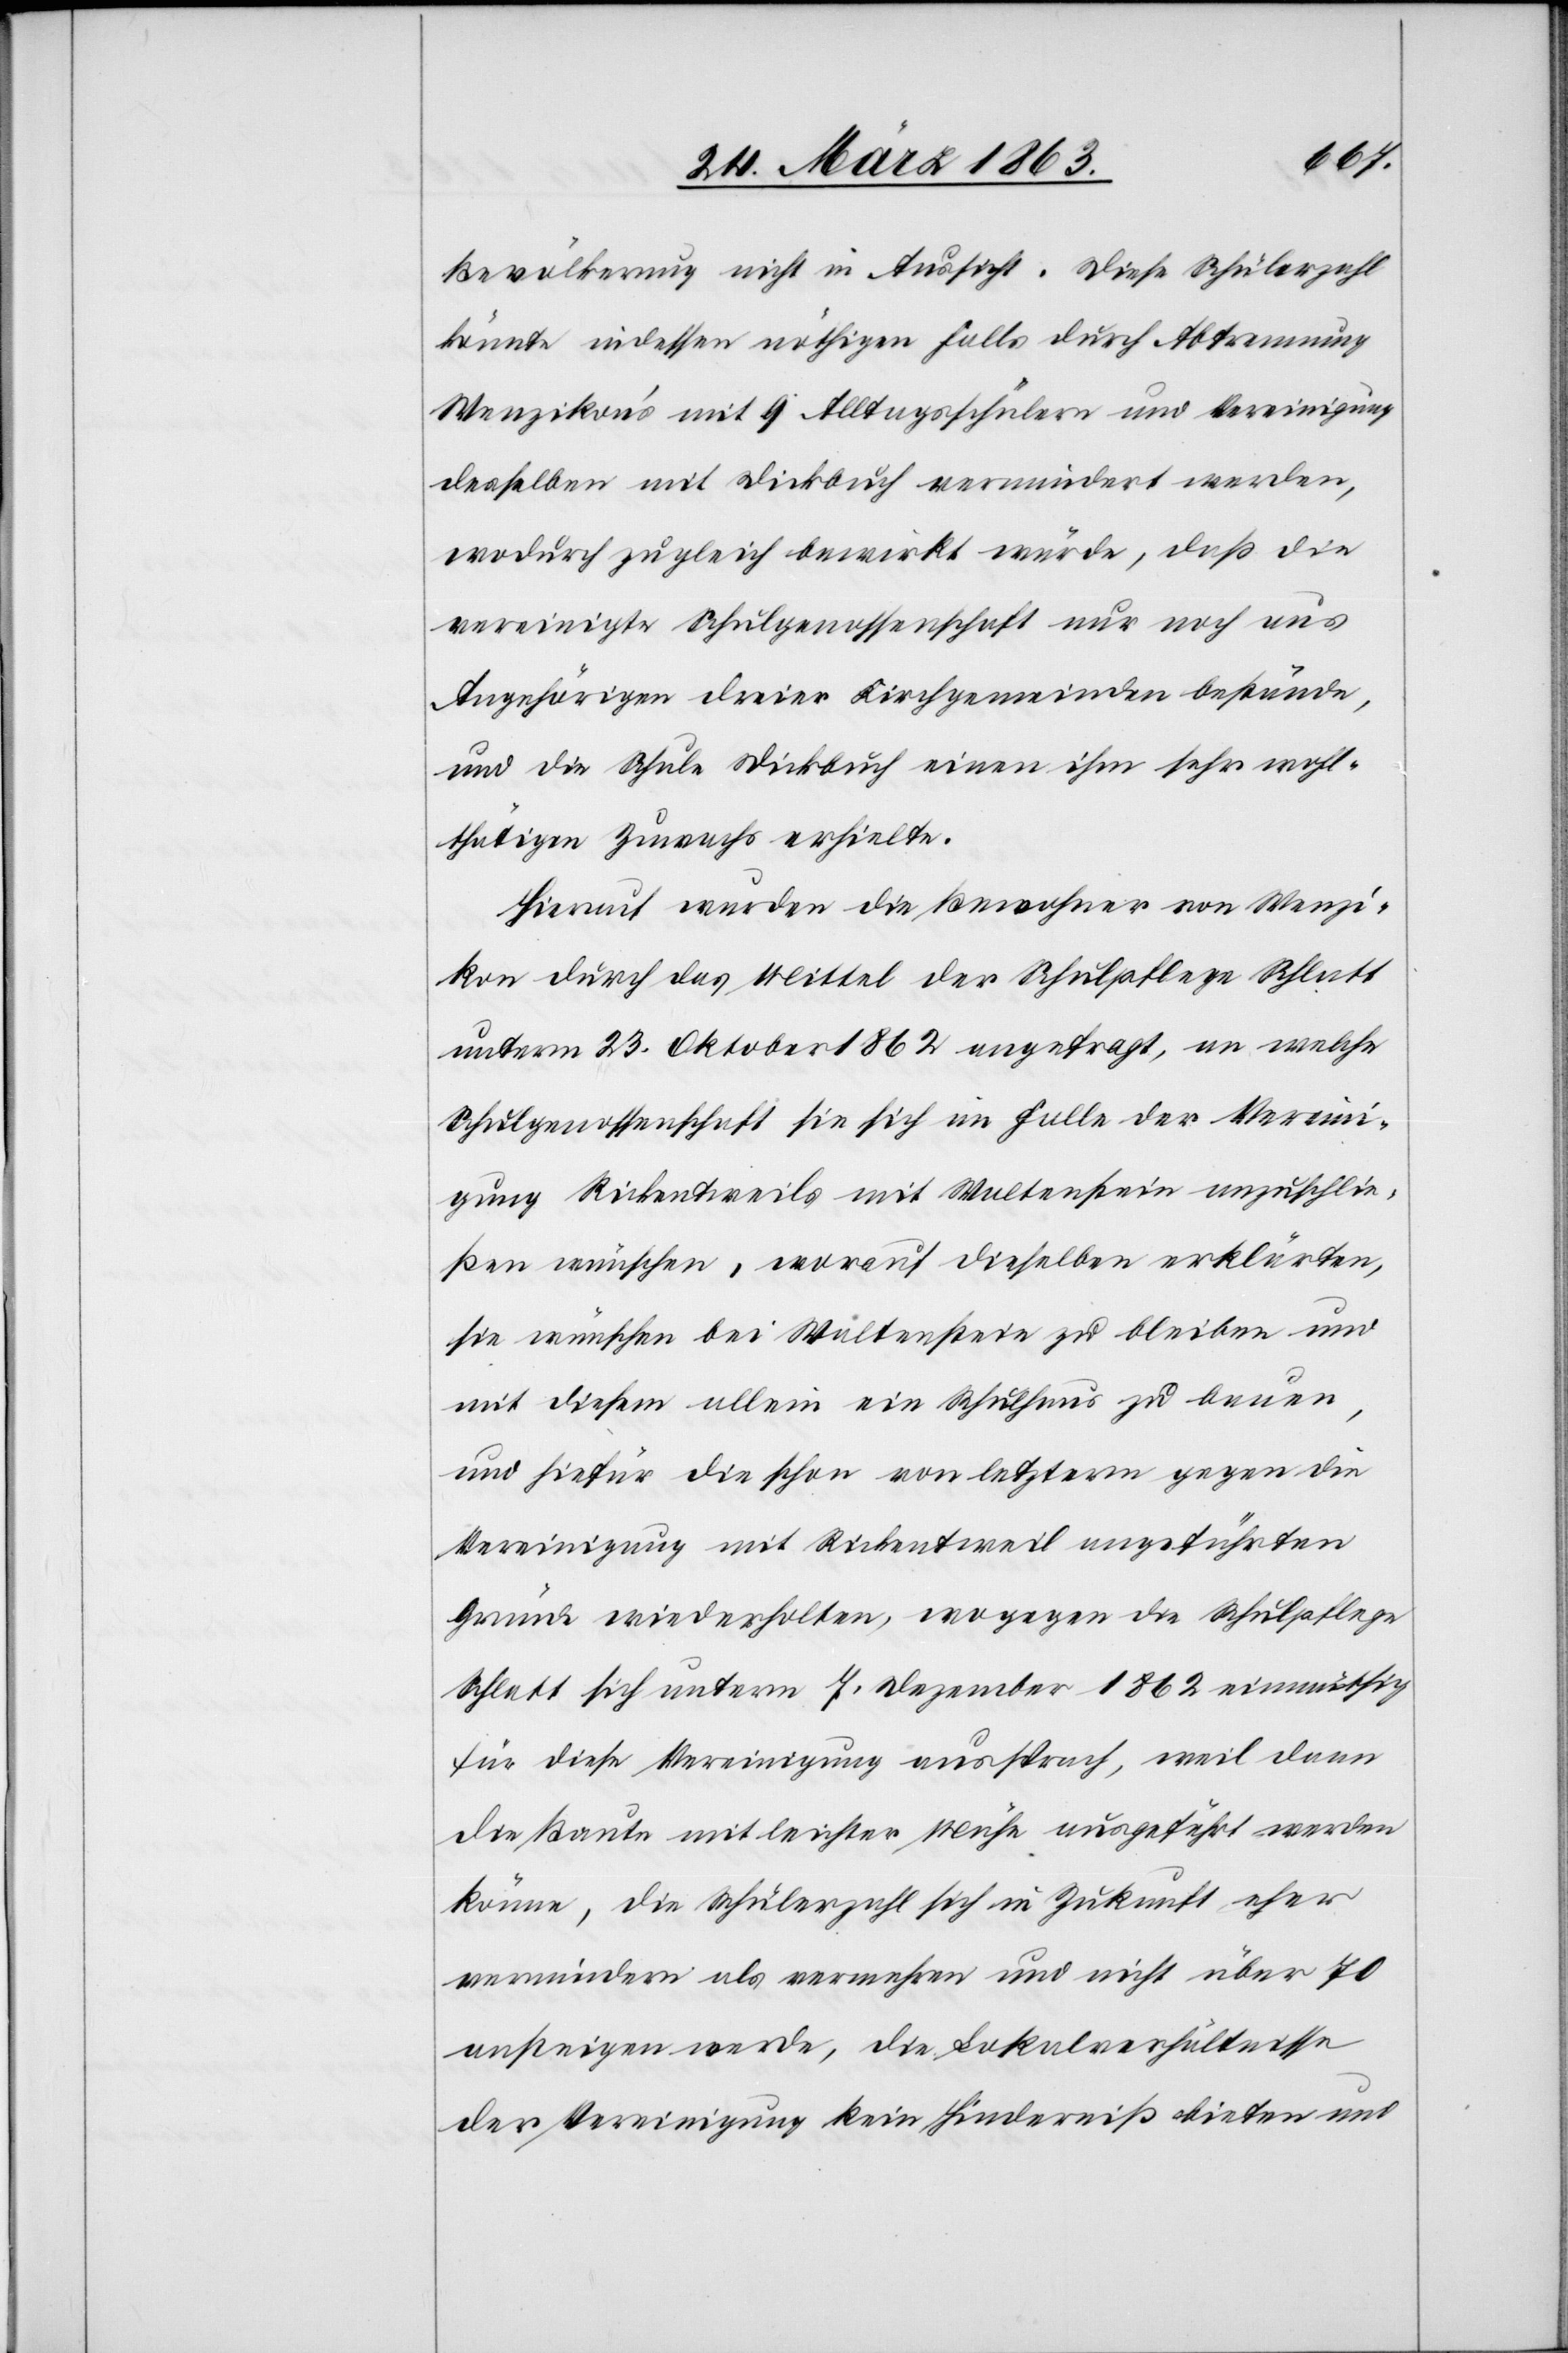
Bevölkerung nicht in Aussicht. Diese Schülerzahl
könnte indessen nöthigen Falls durch Abtrennung
Wenzikon's mit 9 Alltagsschülern und Vereinigung
desselben mit Dickbuch vermindert werden,
wodurch zugleich bewirkt würde, daß die
vereinigte Schulgenossenschaft nur noch aus
Angehörigen dreier Kirchgemeinden bestände,
und die Schule Dickbuch einen ihm sehr wohl¬
thätigen Zuwachs erhielte.
Hierauf wurden die Bewohner von Wenzi¬
kon durch das Mittel der Schulpflege Schlatt
unterm 23. Oktober 1862 angefragt, an welche
Schulgenossenschaft sie sich im Falle der Vereini¬
gung Rickentweils mit Waltenstein anzuschlie¬
ßen wünschen, worauf dieselben erklärten,
sie wünschen bei Waltenstein zu bleiben und
mit diesem allein ein Schulhaus zu bauen,
und hiefür die schon von letzterm gegen die
Vereinigung mit Rickentweil angeführten
Gründe wiederholten, wogegen die Schulpflege
Schlatt sich unterm 7. Dezember 1862 einmüthig
für diese Vereinigung aussprach, weil dann
die Baute mit leichter Mühe ausgeführt werden
könne, die Schülerzahl sich in Zukunft eher
vermindern als vermehren und nicht über 70
ansteigen werde, die Lokalverhältnisse
der Vereinigung kein Hinderniß bieten und